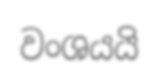
වංශයයි